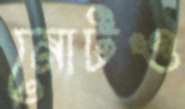
নোটও